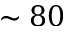
\sim 8 0